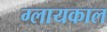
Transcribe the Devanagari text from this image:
ग्लायकाल